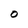
Character: O